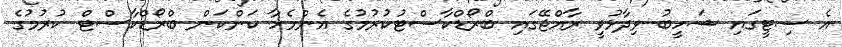
އެ ސިޓީގައި ޝަހީބު ވިދާޅުވީ ރާއްޖޭގައި ބްރޯޑްކާސްޓުކުރުމުގެ އެންމެހާ ކަންކަން ބްރޯޑްކާސްޓް ކުރުމުގެ